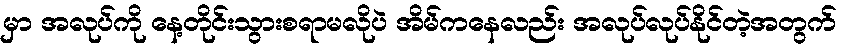
မှာ အလုပ်ကို နေ့တိုင်းသွားစရာမလိုပဲ အိမ်ကနေလည်း အလုပ်လုပ်နိုင်တဲ့အတွက်